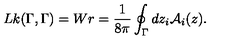
L k ( \Gamma , \Gamma ) = W r = \frac { 1 } { 8 \pi } \oint _ { \Gamma } d z _ { i } { \mathcal { A } } _ { i } ( z ) .